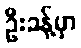
ဦးခန့်မှာ